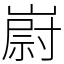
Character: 嶎